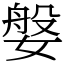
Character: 媻